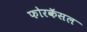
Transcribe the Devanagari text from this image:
फोरकॅसल